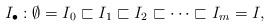
LaTeX: \begin{align*}I_\bullet:\emptyset=I_0\sqsubset I_1\sqsubset I_2\sqsubset \dots \sqsubset I_m=I,\end{align*}